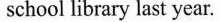
school library last year.